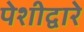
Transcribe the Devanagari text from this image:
पेशीद्वारे